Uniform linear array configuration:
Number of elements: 4
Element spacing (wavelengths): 0.75
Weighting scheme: hann
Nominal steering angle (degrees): -30
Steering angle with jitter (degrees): -28.647
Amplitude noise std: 0.05
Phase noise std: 0.05

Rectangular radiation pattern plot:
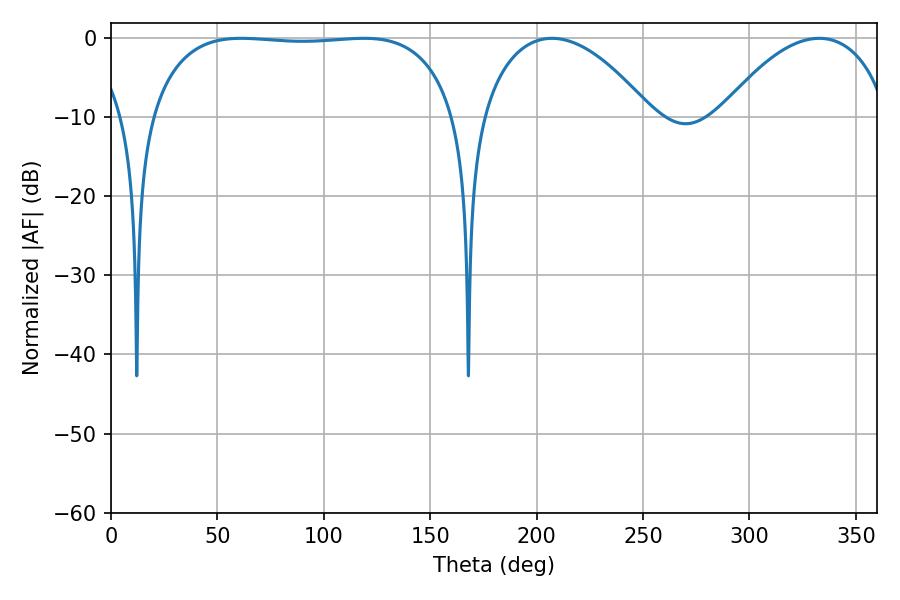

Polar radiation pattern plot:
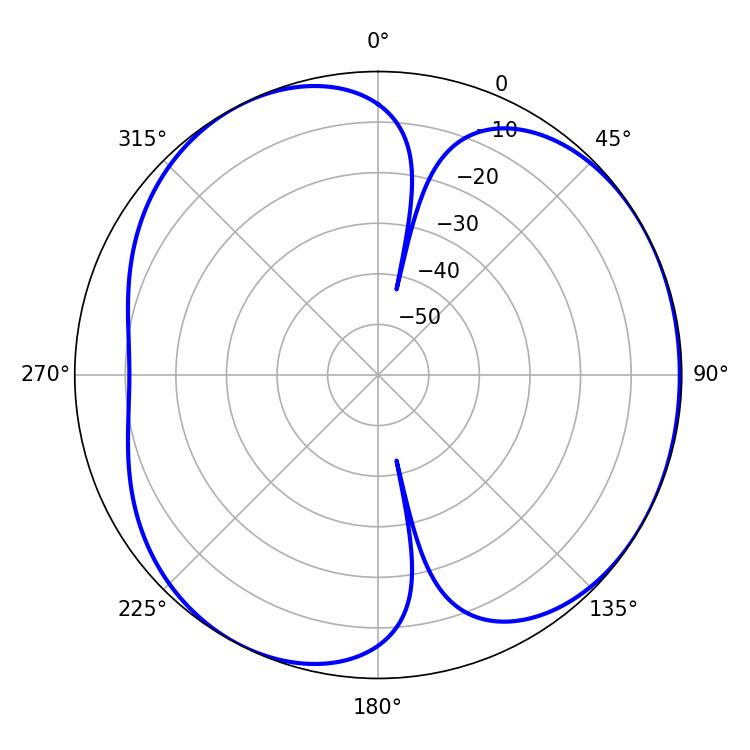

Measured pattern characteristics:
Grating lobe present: TRUE
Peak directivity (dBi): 4.33
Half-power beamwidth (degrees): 114.12
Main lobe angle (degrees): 61.2